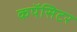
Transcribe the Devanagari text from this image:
कपॅसिटर